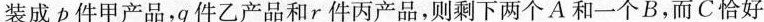
装成p件甲产品，q件乙产品和r件丙产品，则剩下两个A和一个B，而C恰好